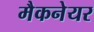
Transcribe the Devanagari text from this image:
मैकनेयर